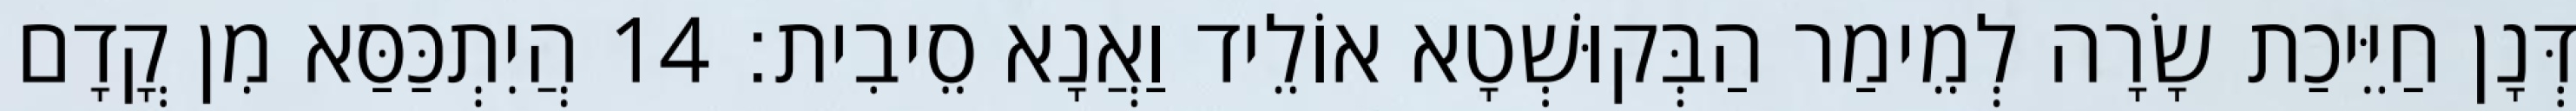
דְּנָן חַיֵּיכַת שָׂרָה לְמֵימַר הַבְּקוּשְׁטָא אוֹלֵיד וַאֲנָא סֵיבִית׃ 14 הֲיִתְכַּסַּא מִן קֳדָם